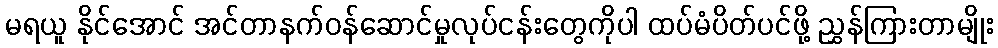
မရယူ နိုင်အောင် အင်တာနက်ဝန်ဆောင်မှုလုပ်ငန်းတွေကိုပါ ထပ်မံပိတ်ပင်ဖို့ ညွှန်ကြားတာမျိုး